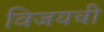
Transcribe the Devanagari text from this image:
विजयची